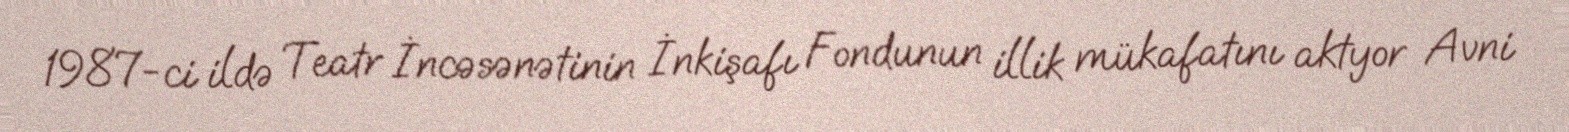
1987-ci ildə Teatr İncəsənətinin İnkişafı Fondunun illik mükafatını aktyor Avni